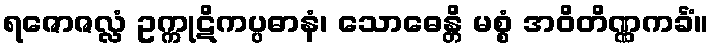
ရဇောဇလ္လံ ဥက္ကုဋိကပ္ပဓာနံ၊ သောဓေန္တိ မစ္စံ အဝိတိဏ္ဏကင်္ခံ။